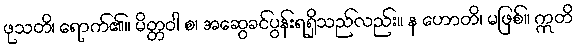
ဖုသတိ၊ ရောက်၏။ မိတ္တဝါ စ၊ အဆွေခင်ပွန်းရရှိသည်လည်း။ န ဟောတိ၊ မဖြစ်။ ဣတိ